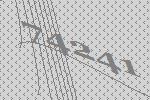
74241